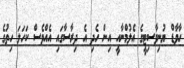
ހާވާޑް ޔުނިވާސިޓީގެ އެލުމްނާއީ އިން ހެދި އެ ދިރާސާގައި އެއްވެސް ކަހަލަ ހިތުގެ